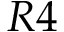
R 4